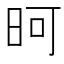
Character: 𪰏